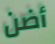
أضن